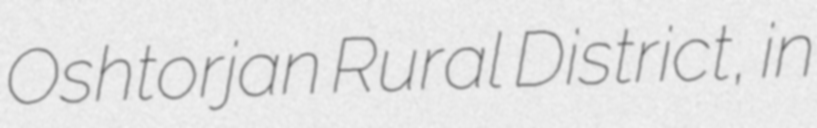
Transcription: Oshtorjan Rural District, in